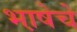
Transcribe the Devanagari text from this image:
भा़षेचे